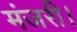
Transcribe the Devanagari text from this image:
मंजरी।